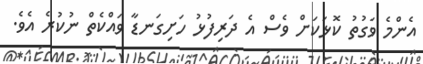
އެންމެ ވަގުތު ކޮޅަކަށް ވެސް އެ ދަރިފުޅު ހަށިގަނޑާ ވައްކެތް ނުކުރެ އެވެ.